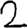
Digit: 2